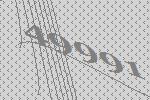
49991